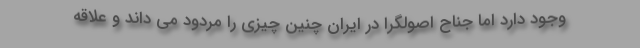
وجود دارد اما جناح اصولگرا در ایران چنین چیزی را مردود می داند و علاقه